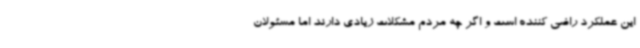
این عملکرد راضی کننده است و اگر چه مردم مشکلات زیادی دارند اما مسئولان